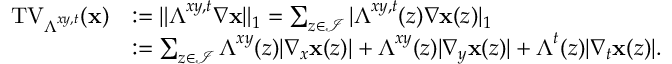
\begin{array} { r l } { \mathrm { T V } _ { \boldsymbol { \Lambda } ^ { x y , t } } ( \mathbf { x } ) } & { : = \| \boldsymbol { \Lambda } ^ { x y , t } \nabla \mathbf { x } \| _ { 1 } = \sum _ { z \in \mathcal { I } } | \boldsymbol { \Lambda } ^ { x y , t } ( z ) \nabla \mathbf { x } ( z ) | _ { 1 } } \\ & { : = \sum _ { z \in \mathcal { I } } \boldsymbol { \Lambda } ^ { x y } ( z ) | \nabla _ { x } \mathbf { x } ( z ) | + \boldsymbol { \Lambda } ^ { x y } ( z ) | \nabla _ { y } \mathbf { x } ( z ) | + \boldsymbol { \Lambda } ^ { t } ( z ) | \nabla _ { t } \mathbf { x } ( z ) | . } \end{array}